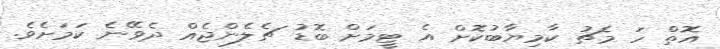
އޮތް ހަ މެޗު ކާމިޔާބުކޮށް އެ ޓީމަށް ބޮޑު ޗެލެންޖެއް ދެވޭނެ ކަމަށެވެ.